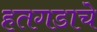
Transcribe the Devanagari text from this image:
हतगडाचे